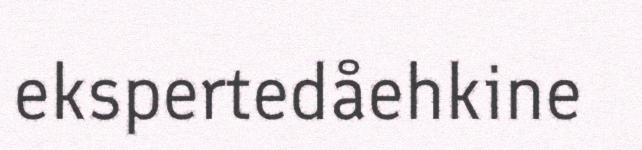
ekspertedåehkine